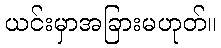
ယင်းမှာအခြားမဟုတ်။